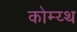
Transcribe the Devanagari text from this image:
कोम्य्थ